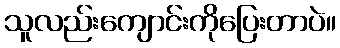
သူလည်းကျောင်းကိုပြေးတာပဲ။